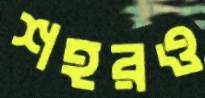
শহরও